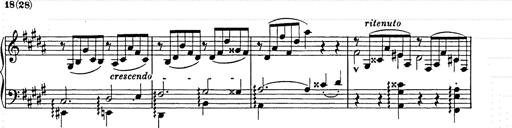
Title: Ballade No.2
Composer: Jan Skrzydlewski
Key: B minor